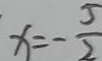
x = - \frac { 5 } { 2 }